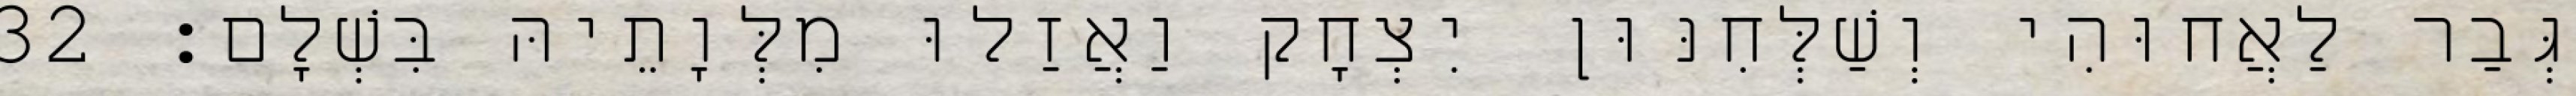
גְּבַר לַאֲחוּהִי וְשַׁלְּחִנּוּן יִצְחָק וַאֲזַלוּ מִלְּוָתֵיהּ בִּשְׁלָם׃ 32